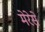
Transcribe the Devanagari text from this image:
मेरेसे